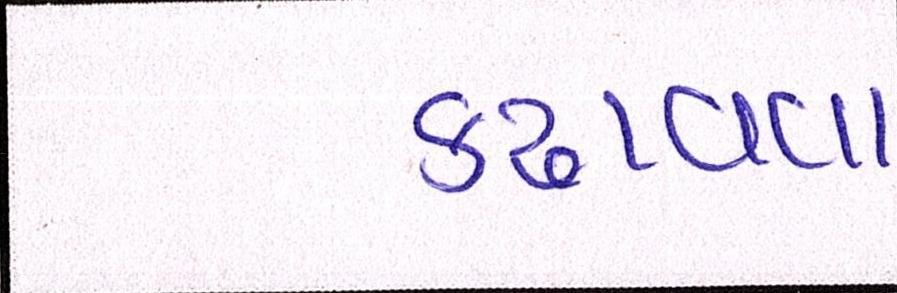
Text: કઢાવવા